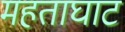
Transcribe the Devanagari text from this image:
महताघाट